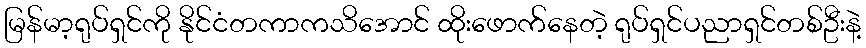
မြန်မာ့ရုပ်ရှင်ကို နိုင်ငံတကာကသိအောင် ထိုးဖောက်နေတဲ့ ရုပ်ရှင်ပညာရှင်တစ်ဦးနဲ့